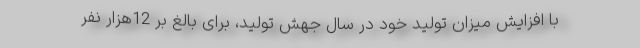
با افزایش میزان تولید خود در سال جهش تولید، برای بالغ بر 12هزار نفر